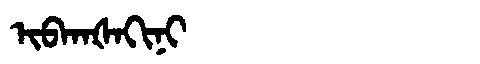
Manchu: ᡳᠪᡴᠠᡧᠠᡴᡳᠨᡳ
Romanization: IBKAŠAKINI